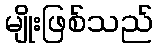
မျိုးဖြစ်သည်